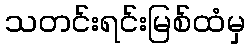
သတင်းရင်းမြစ်ထံမှ